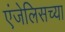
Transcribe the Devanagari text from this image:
एंजेलिसच्या